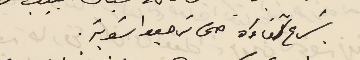
يسَرع شفاءَه حتى ترجعوا سَوية.